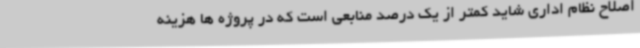
اصلاح نظام اداری شاید کمتر از یک درصد منابعی است که در پروژه ها هزینه